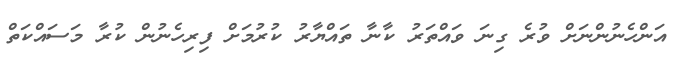
އަންހެނުންނަށް ވުރެ ގިނަ ވައްތަރު ކާނާ ތައްޔާރު ކުރުމަށް ފިރިހެނުން ކުރާ މަސައްކަތް